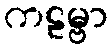
ကဠမ္ဗာ